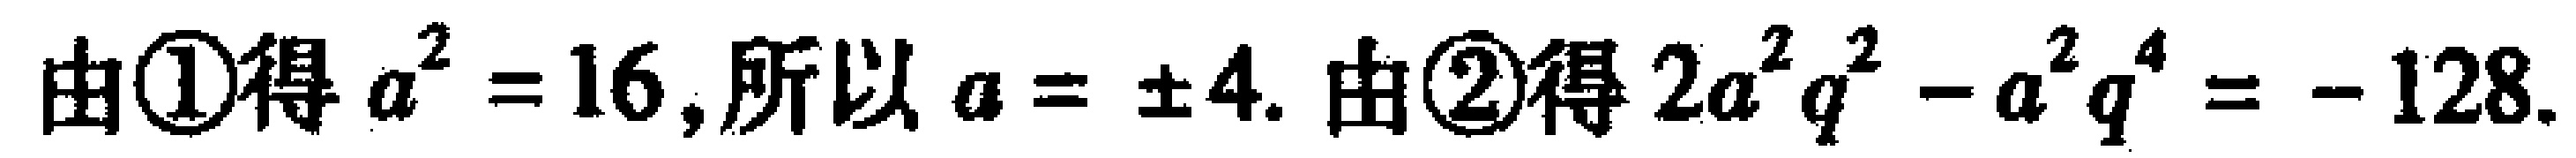
由\textcircled{1}得 \(a^{2}=16\), 所以 \(a = \pm 4\). 由\textcircled{2}得 \(2a^{2}q^{2}-a^{2}q^{4}=-128\).